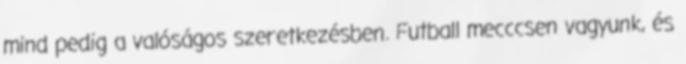
mind pedig a valóságos szeretkezésben. Futball mecccsen vagyunk, és